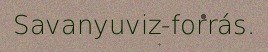
Savanyuviz-forrás.